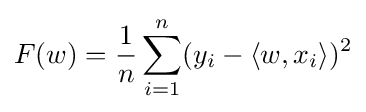
F(w)={\frac {1}{n}}\sum _{i=1}^{n}(y_{i}-\langle w,x_{i}\rangle )^{2}